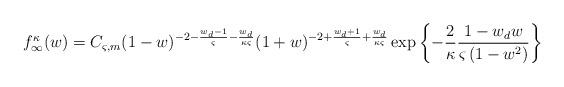
LaTeX: \begin{align*}f_\infty^\kappa(w) = C_{\varsigma,m}(1-w)^{-2-\frac{w_d-1}{\varsigma}-\frac{w_d}{\kappa\varsigma}}(1+w)^{-2+\frac{w_d+1}{\varsigma}+\frac{w_d}{\kappa\varsigma}}\exp\left\{-\frac{2}{\kappa}\frac{1-w_d w}{\varsigma\left(1-w^2\right)}\right\}\end{align*}